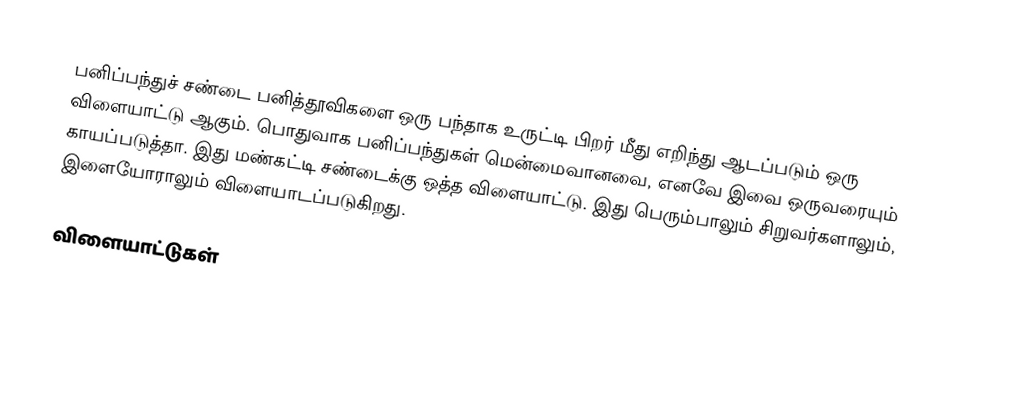
பனிப்பந்துச் சண்டை பனித்தூவிகளை ஒரு பந்தாக உருட்டி பிறர் மீது எறிந்து ஆடப்படும் ஒரு விளையாட்டு ஆகும்.  பொதுவாக பனிப்பந்துகள் மென்மைவானவை, எனவே இவை ஒருவரையும் காயப்படுத்தா. இது மண்கட்டி சண்டைக்கு ஒத்த விளையாட்டு.  இது பெரும்பாலும் சிறுவர்களாலும், இளையோராலும் விளையாடப்படுகிறது.

விளையாட்டுகள்